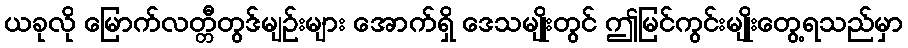
ယခုလို မြောက်လတ္တီတွဒ်မျဉ်းများ အောက်ရှိ ဒေသမျိုးတွင် ဤမြင်ကွင်းမျိုးတွေ့ရသည်မှာ